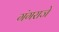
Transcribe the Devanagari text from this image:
गंगराजे